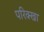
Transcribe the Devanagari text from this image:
परिक्खा